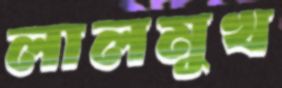
লালমুখ